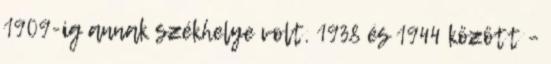
1909-ig annak székhelye volt. 1938 és 1944 között –